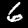
Label: 6